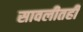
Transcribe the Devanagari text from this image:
सावलीतही